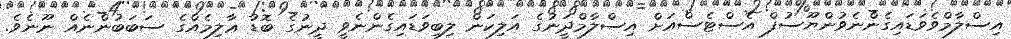
އިސްލާމްވެވަޑައިގެންނެވުންޔޫސުފް އެސްޓެސްއަށް އިސްލާމްދަީނުގެ އަލިކަން ލިބިވަޑައިގެންނެވީ ދީނުގެ ބޮޑު ޢާލިމެއްގެ ސަބަބުންނެއް ނޫނެވެ.